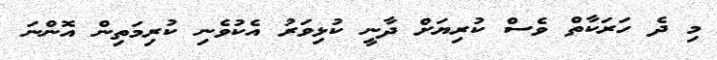
މި ދެ ހަރަކާތް ވެސް ކުރިޔަށް ދާނީ ކުޅިވަރު އެކުވެނި ކުރިމަތިން އޮންނަ